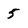
Character: 5